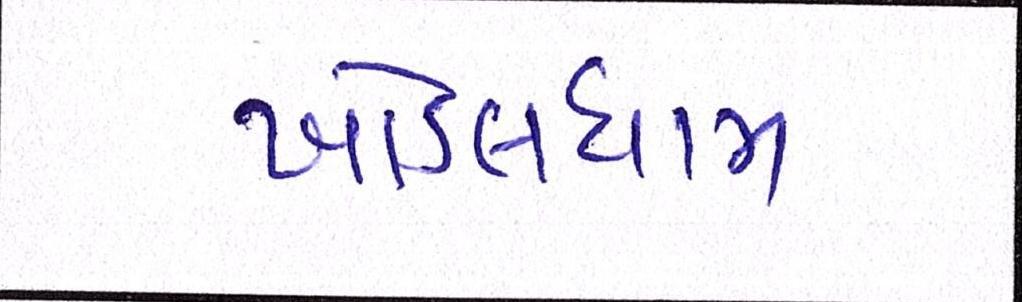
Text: ખોડલધામ